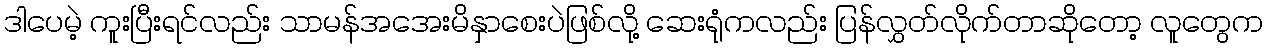
ဒါပေမဲ့ ကူးပြီးရင်လည်း သာမန်အအေးမိနှာစေးပဲဖြစ်လို့ ဆေးရုံကလည်း ပြန်လွှတ်လိုက်တာဆိုတော့ လူတွေက